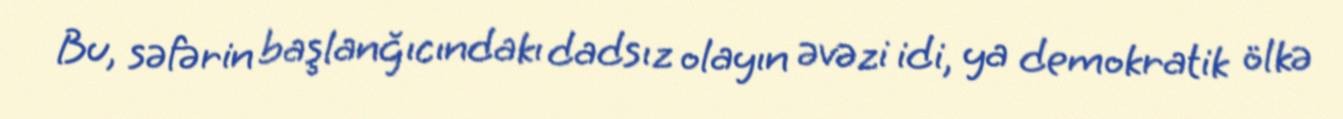
Bu, səfərin başlanğıcındakı dadsız olayın əvəzi idi, ya demokratik ölkə